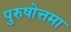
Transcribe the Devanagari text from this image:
पुरुषोत्तमा